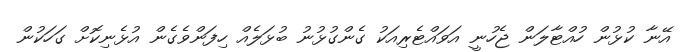
އޭނާ ކުޅުން ހުއްޓާލަން ޖެހުނީ އަވައްޓެރިއަކު ގެންގުޅުނު ބުޅަލެއް ހިފަންވެގެން އުޅެނިކޮށް ގަހަކުން